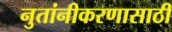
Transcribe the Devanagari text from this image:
नुतांनीकरणासाठी